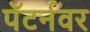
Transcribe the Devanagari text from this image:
पॅटर्नवर